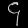
Digit: ၄